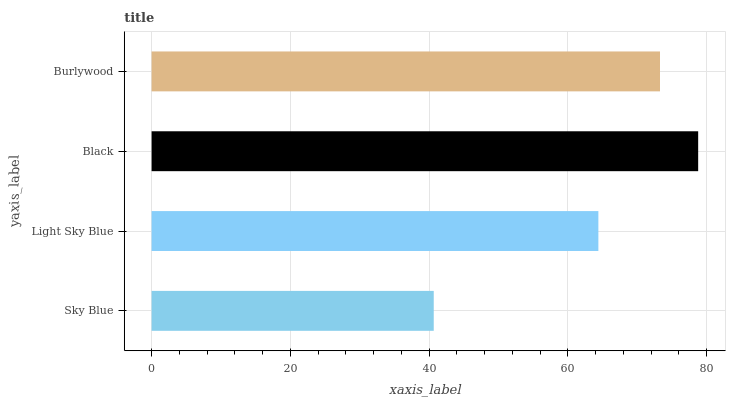
| yaxis_label | bars |
 | --- | --- |
 | Sky Blue | 40.7 |
 | Light Sky Blue | 64.4 |
 | Black | 78.8 |
 | Burlywood | 73.3 |